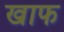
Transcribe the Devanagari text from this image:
खाफ